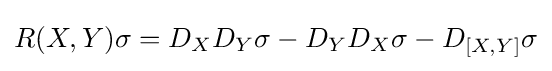
R(X,Y)\sigma =D_{X}D_{Y}\sigma -D_{Y}D_{X}\sigma -D_{[X,Y]}\sigma